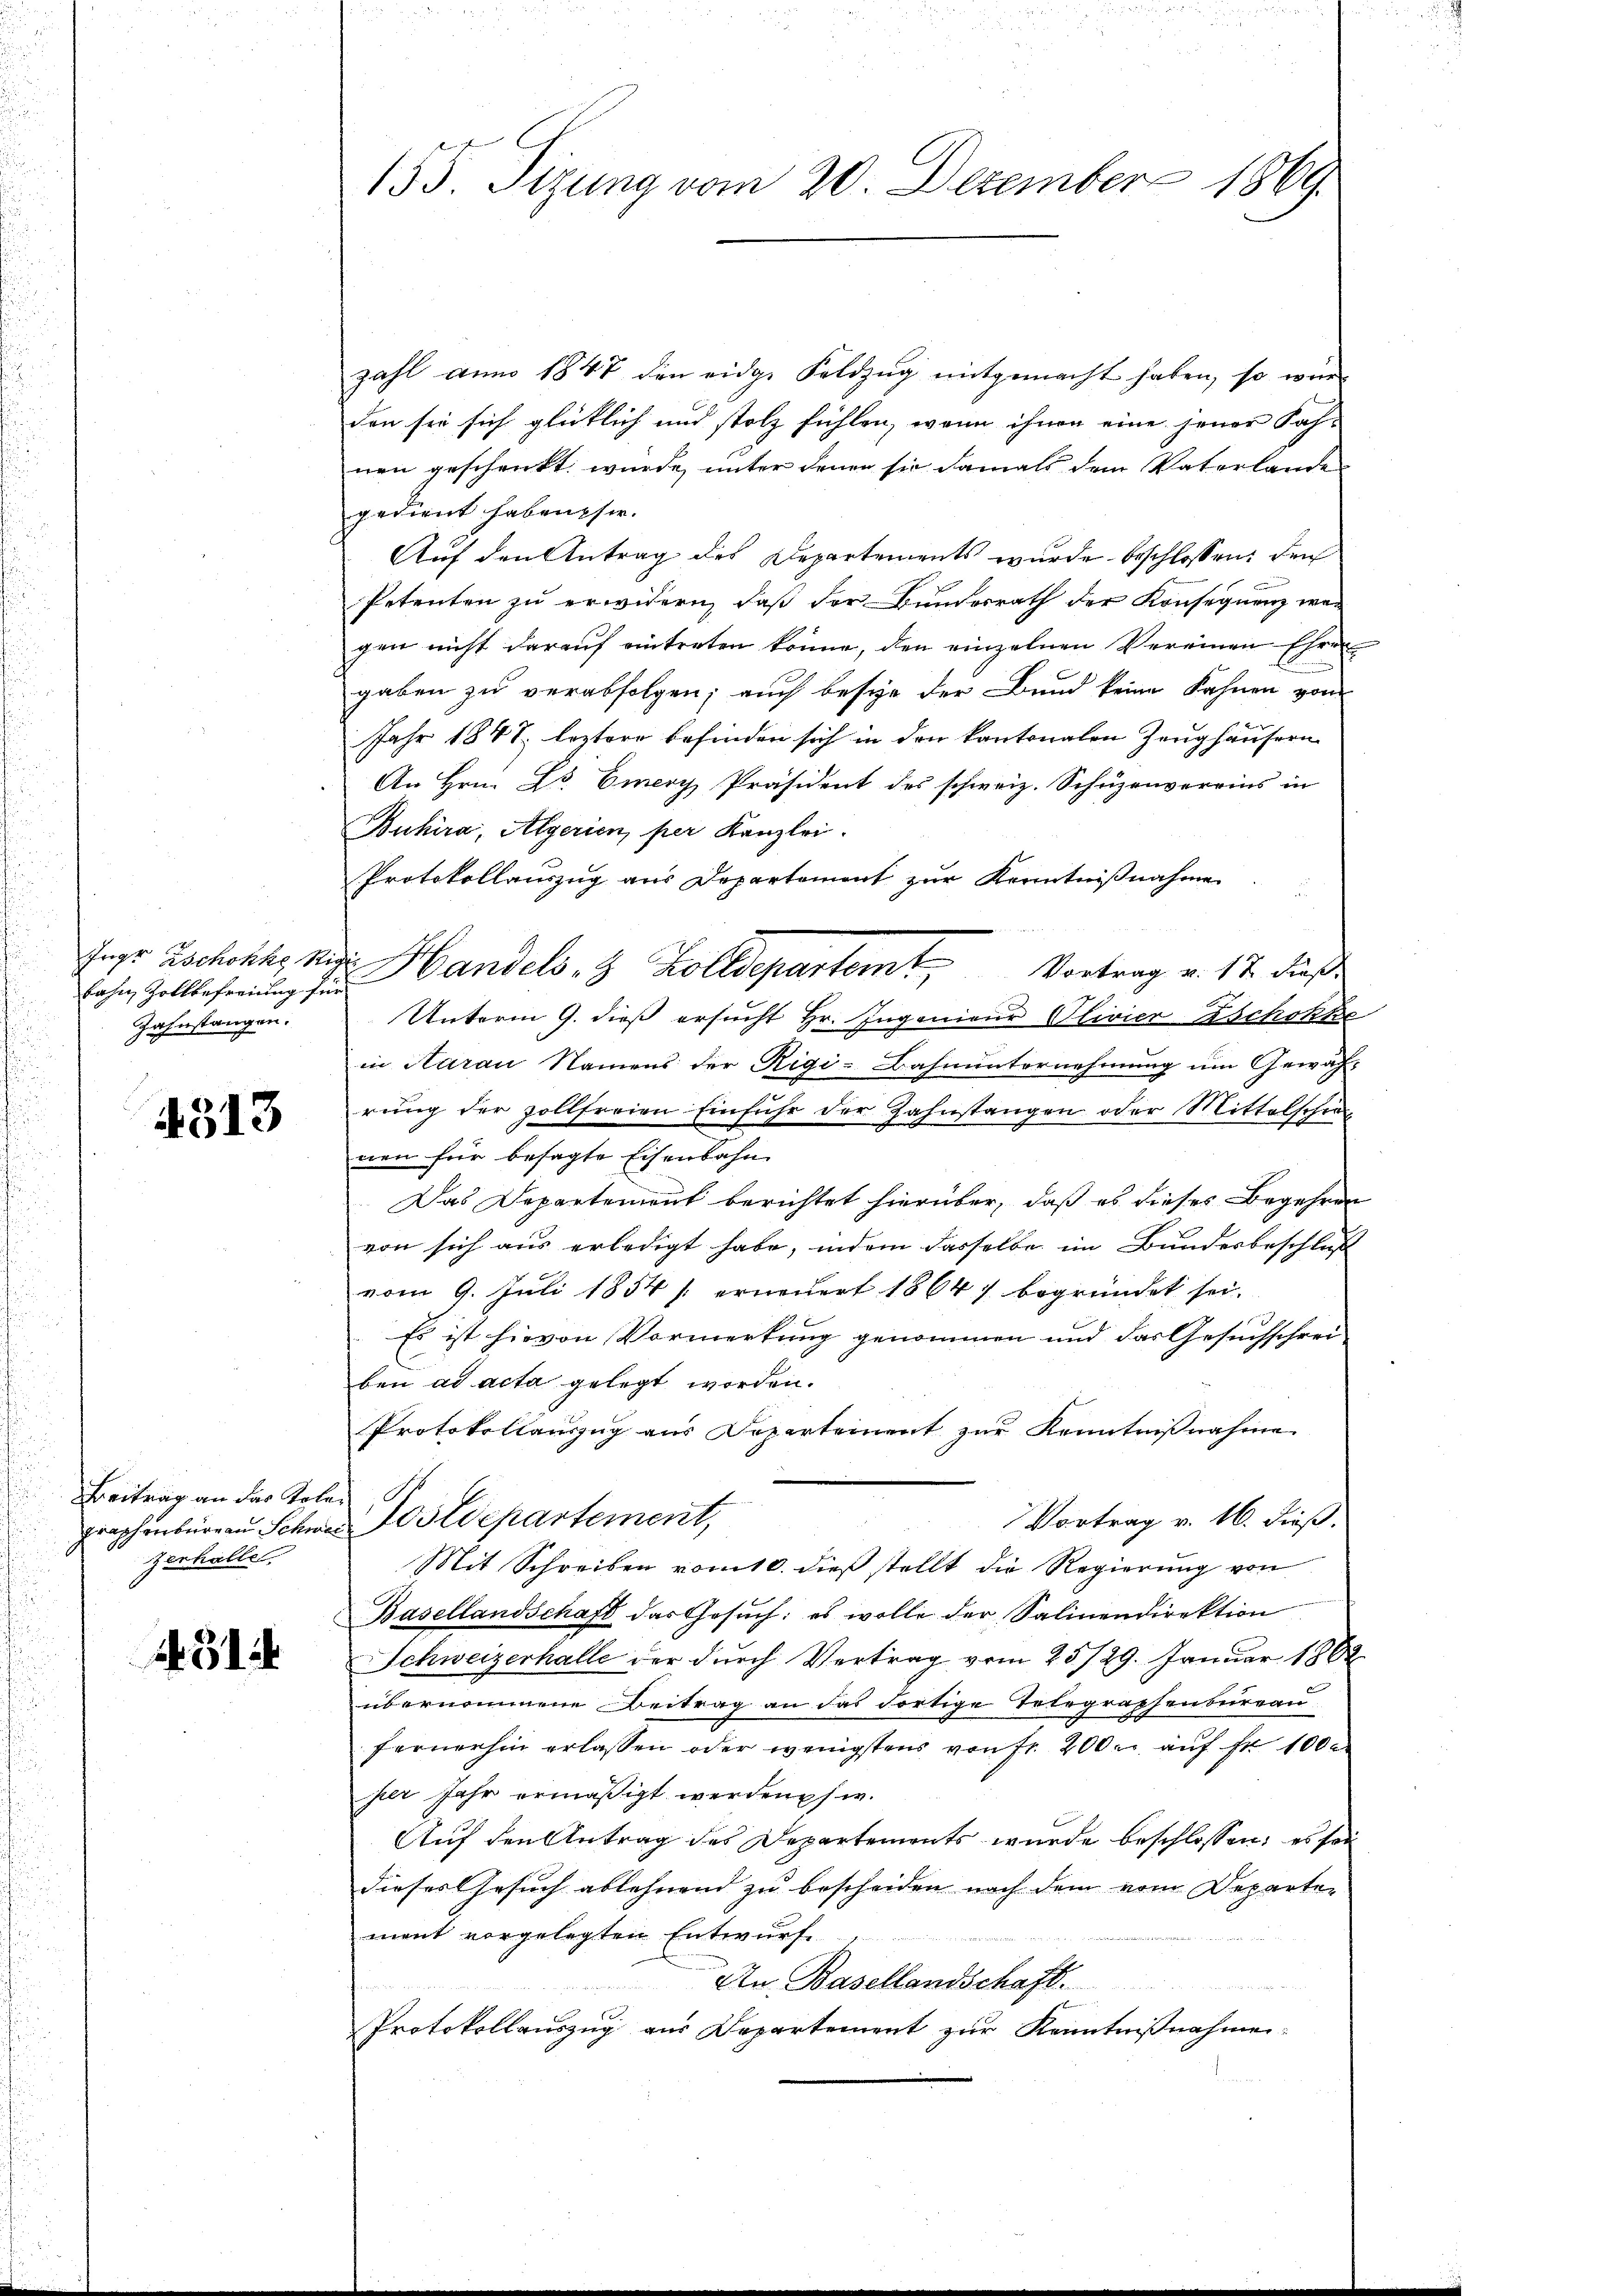
bahn Zollbefreiung für
Zahnstangen.

4513

Beitrag an das Toler
zerhalle

514

155. Sizung vom 20. Dezember 1869.

zahl anno 1847 den eidge Feldzug mitgemacht haben, so wür-
den sie sich glücklich und stolz fühlen, wenn ihnen eine jener Sach-
nen geschenkt würde, unter denen sie damals dem Vaterlande
gedient haben sie.
Auf den Antrag des Departements wurde beschlossen: den
Petenten zu erwidern, daß der Bundesrath der Konsequenz wegen nicht darauf eintreten könne, den einzelnen Vereinen Ehren
gaben zu verabfolgen; auch besie der Bund keine Fahnen von
Jahr 1847 leztere befinden sich in den kantonalen Zeughäusern
An Hrn. Dr. Emery Präsident des schweiz. Schüzenvereins in
Buhira, Algerien per Kanzlei
Protokollauszug aus Departement zur Kenntnißnahme
Ings Zschokke Vig. Handels- & Zolldepartem Vortrag v. 17. dieß
Unterm 9. dieß ersucht Hr. Ingenieur Olivier Aschokke
in Aarau Namens der Rigi-Bahnunternehmung um Gewährung der zollfreien Einfuhr der Zahnstangen oder Mittelschrei
nen für besagte Eisenbahn
Das Departement berichtet hierüber, daß es dieses Begehren
von sich aus erledigt habe, indem dasselbe ein Bundesbeschluß
vom 9. Juli 1854 /: erneuert 1864) begründet sei.
Es ist hievon Vormerkung genommen und das Gesuchschrei-
ben ad acta gelegt worden.
Protokollauszug aus Departement zur Kenntnißnahme
Vortrag v. 16. dieß.
graphenbüreau Schwer Postdepartement,
Mit Schreiben vom 10. dieß stellt die Regierung von
Basellandschaft das Gesŭch: es wolle der Salinendirektion
Schweizerhalle der durch Vertrag vom 25/29. Januar 1862
übernommene Beitrag an das dortige Telegraphensureau
fernerhin erlassen oder wenigstens von fr. 200 r. auf fr. 1000
per Jahr ermäßigt werden s w.
Auf den Antrag des Departements wurde beschlossen, es son
dieses Gesuch ablehnend zu bescheiden nach dem vom Departen
mant vorgelegten Entwurf.
An Basellandschaft.
u
Protokollauszug aus Departement zur Kenntnißnahmen-